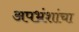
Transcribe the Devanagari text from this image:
अपभ्रंशांचा